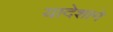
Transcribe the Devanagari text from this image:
यादेशाने